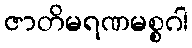
ဇာတိမရဏမစ္စဂါ